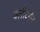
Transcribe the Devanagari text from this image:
क्लीटमैन